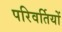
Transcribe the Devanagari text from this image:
परिवर्तियों